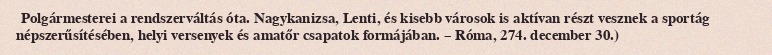
Polgármesterei a rendszerváltás óta. Nagykanizsa, Lenti, és kisebb városok is aktívan részt vesznek a sportág népszerűsítésében, helyi versenyek és amatőr csapatok formájában. – Róma, 274. december 30.)